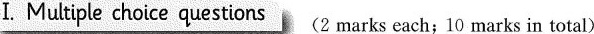
I. Multiple choice questions (2marks each;10 marks in total)